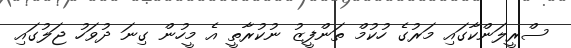
ސްރީލަންކާގައި މަރުގެ ހުކުމް ތަންފީޒު ނުކުރާތީ އެ މީހުން ގިނަ ދުވަހު ޖަލުގައި